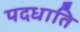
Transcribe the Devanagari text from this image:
पदधाति